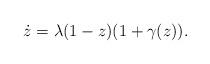
LaTeX: \begin{align*}\dot{z}= \lambda (1-z) (1+\gamma(z)).\end{align*}